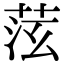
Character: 𦯫